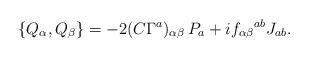
LaTeX: \begin{align*}\{ Q_{\alpha}, Q_{\beta} \} = -2 (C \Gamma^a)_{\alpha \beta}\, P_a + if_{\alpha \beta}{}^{ab}J_{ab}.\end{align*}